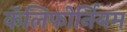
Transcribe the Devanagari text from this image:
कॅलिफोर्नियम